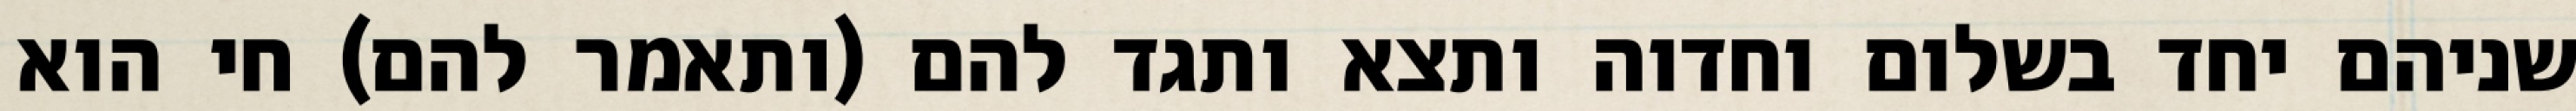
שניהם יחד בשלום וחדוה ותצא ותגד להם (ותאמר להם) חי הוא